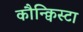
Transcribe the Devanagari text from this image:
कौन्क्विस्टा